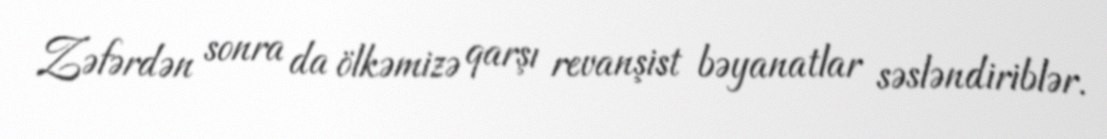
Zəfərdən sonra da ölkəmizə qarşı revanşist bəyanatlar səsləndiriblər.